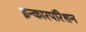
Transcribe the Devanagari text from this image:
इन्कारपॉरेशन